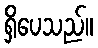
ရှိပေသည်။